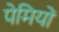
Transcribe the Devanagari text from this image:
पेमियों